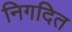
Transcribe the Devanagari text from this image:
निगदित